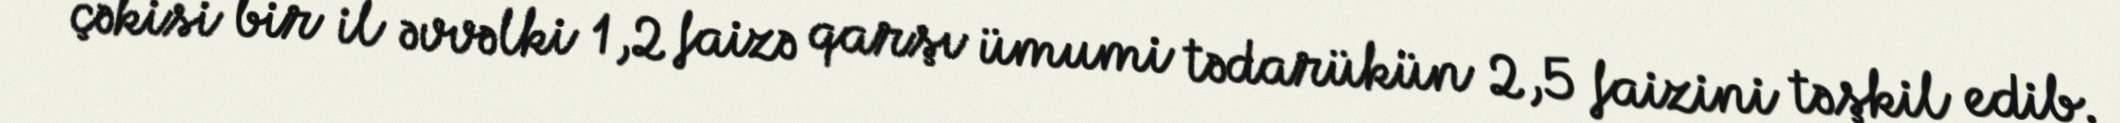
çəkisi bir il əvvəlki 1,2 faizə qarşı ümumi tədarükün 2,5 faizini təşkil edib.